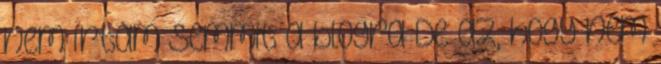
nem írtam semmit a blogra De az, hogy nem